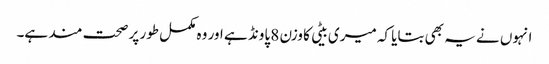
انہوں نے یہ بھی بتایا کہ میری بیٹی کا وزن 8 پاونڈ ہے اور وہ مکمل طور پر صحت مند ہے۔